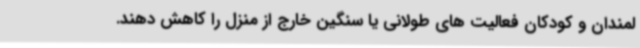
لمندان و کودکان فعالیت های طولانی یا سنگین خارج از منزل را کاهش دهند.